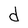
Character: d